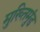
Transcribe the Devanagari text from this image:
मुख्तिमुंड